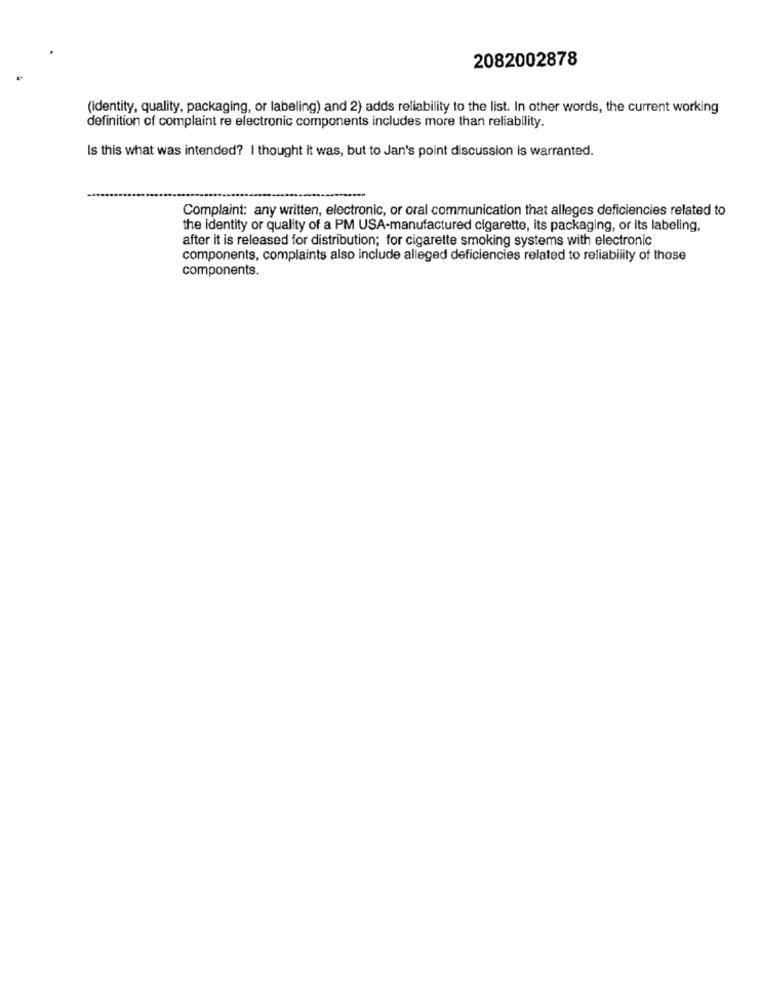
2082002878
(Identity, quality, packaging, or labeling) and 2) adds reliability to the list. In other words, the current working
definition of complaint re electronic components includes more than reliability.
Is this what was intended? I thought it was, but to Jan's point discussion is warranted.
Complaint: any written, electronic, or oral communication that alleges deficiencies related to
the identity or quality of a PM USA-manufactured cigarette, its packaging, or its labeling,
after it is released for distribution; for cigarette smoking systems with electronic
components, complaints also include alleged deficiencies related to reliability of those
components.